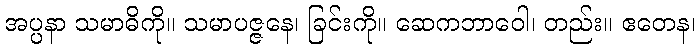
အပ္ပနာ သမာဓိကို။ သမာပဇ္ဇနေ၊ ခြင်းကို။ ဆေကဘာဝေါ၊ တည်း။ ဧတေန၊